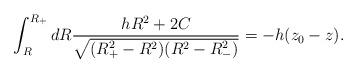
LaTeX: \begin{align*}\int^{R_+}_R dR\frac{hR^2+2C}{\sqrt{(R^2_+-R^2)(R^2-R^2_-)}}=-h(z_0-z).\end{align*}